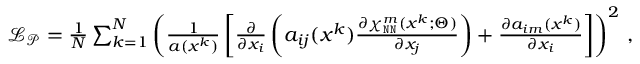
\begin{array} { r } { \mathcal { L } _ { \mathcal { P } } = \frac { 1 } { N } \sum _ { k = 1 } ^ { N } \left( \frac { 1 } { a ( \boldsymbol x ^ { k } ) } \left[ \frac { \partial } { \partial x _ { i } } \left( a _ { i j } ( \boldsymbol x ^ { k } ) \frac { \partial \chi _ { \mathtt { N N } } ^ { m } ( \boldsymbol x ^ { k } ; \boldsymbol \Theta ) } { \partial x _ { j } } \right) + \frac { \partial a _ { i m } ( \boldsymbol x ^ { k } ) } { \partial x _ { i } } \right] \right) ^ { 2 } \, , } \end{array}